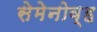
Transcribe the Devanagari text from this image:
सेमेनोव्ह